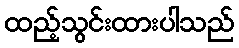
ထည့်သွင်းထားပါသည်